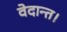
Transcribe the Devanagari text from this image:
वेदान्त।